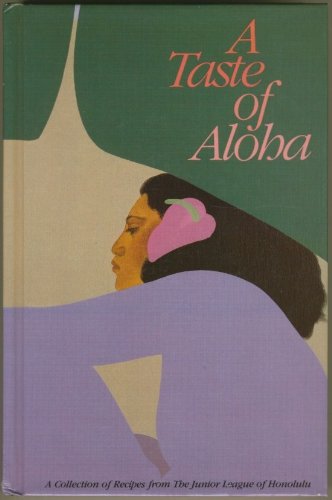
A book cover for A Taste of Aloha: A Collection of Recipes from the Junior League of Honolulu; Cookbooks, Food & Wine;